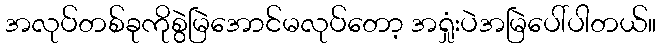
အလုပ်တစ်ခုကိုစွဲမြဲအောင်မလုပ်တော့ အရှုံးပဲအမြဲပေါ်ပါတယ်။